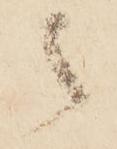
被